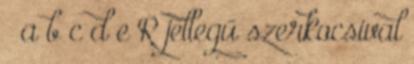
^ a b c d e R jellegű szerkocsival